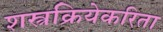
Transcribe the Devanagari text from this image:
शस्त्रक्रियेकरिता